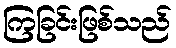
ကြခြင်းဖြစ်သည်